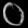
Digit: ၀